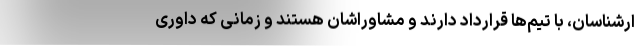
ارشناسان، با تیم‌ها قرارداد دارند و مشاوراشان هستند و زمانی که داوری